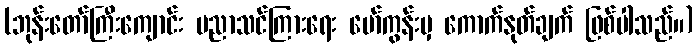
(ဘုန်းတော်ကြီးကျောင်း ပညာသင်ကြားရေး မော်ကွန်းမှ ကောက်နုတ်ချက် ဖြစ်ပါသည်။)